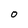
Character: O